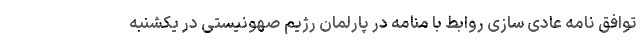
توافق نامه عادی سازی روابط با منامه در پارلمان رژیم صهونیستی در یکشنبه